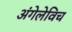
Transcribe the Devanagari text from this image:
अंगेलेविच